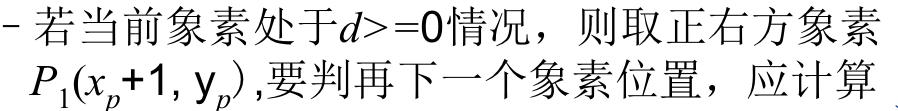
- 若当前像素处于$d>=0$情况，则取正右方像素$P_1(x_p + 1, y_p)$,要判再下一个像素位置，应计算